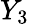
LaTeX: Y_{3}